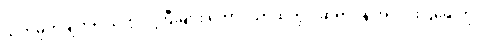
သတ်မှတ်ချက်ရှိ သတ္တဝါကြီးများ တောင်ယာထဲတွင် ဆရာဝန် အလင်းပြရေးကို